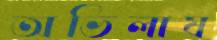
অভিলাষ